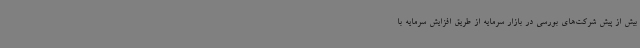
بیش از پیش شرکت‌های بورسی در بازار سرمایه از طریق افزایش سرمایه با